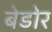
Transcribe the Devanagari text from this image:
बेडोर